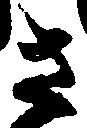
さ